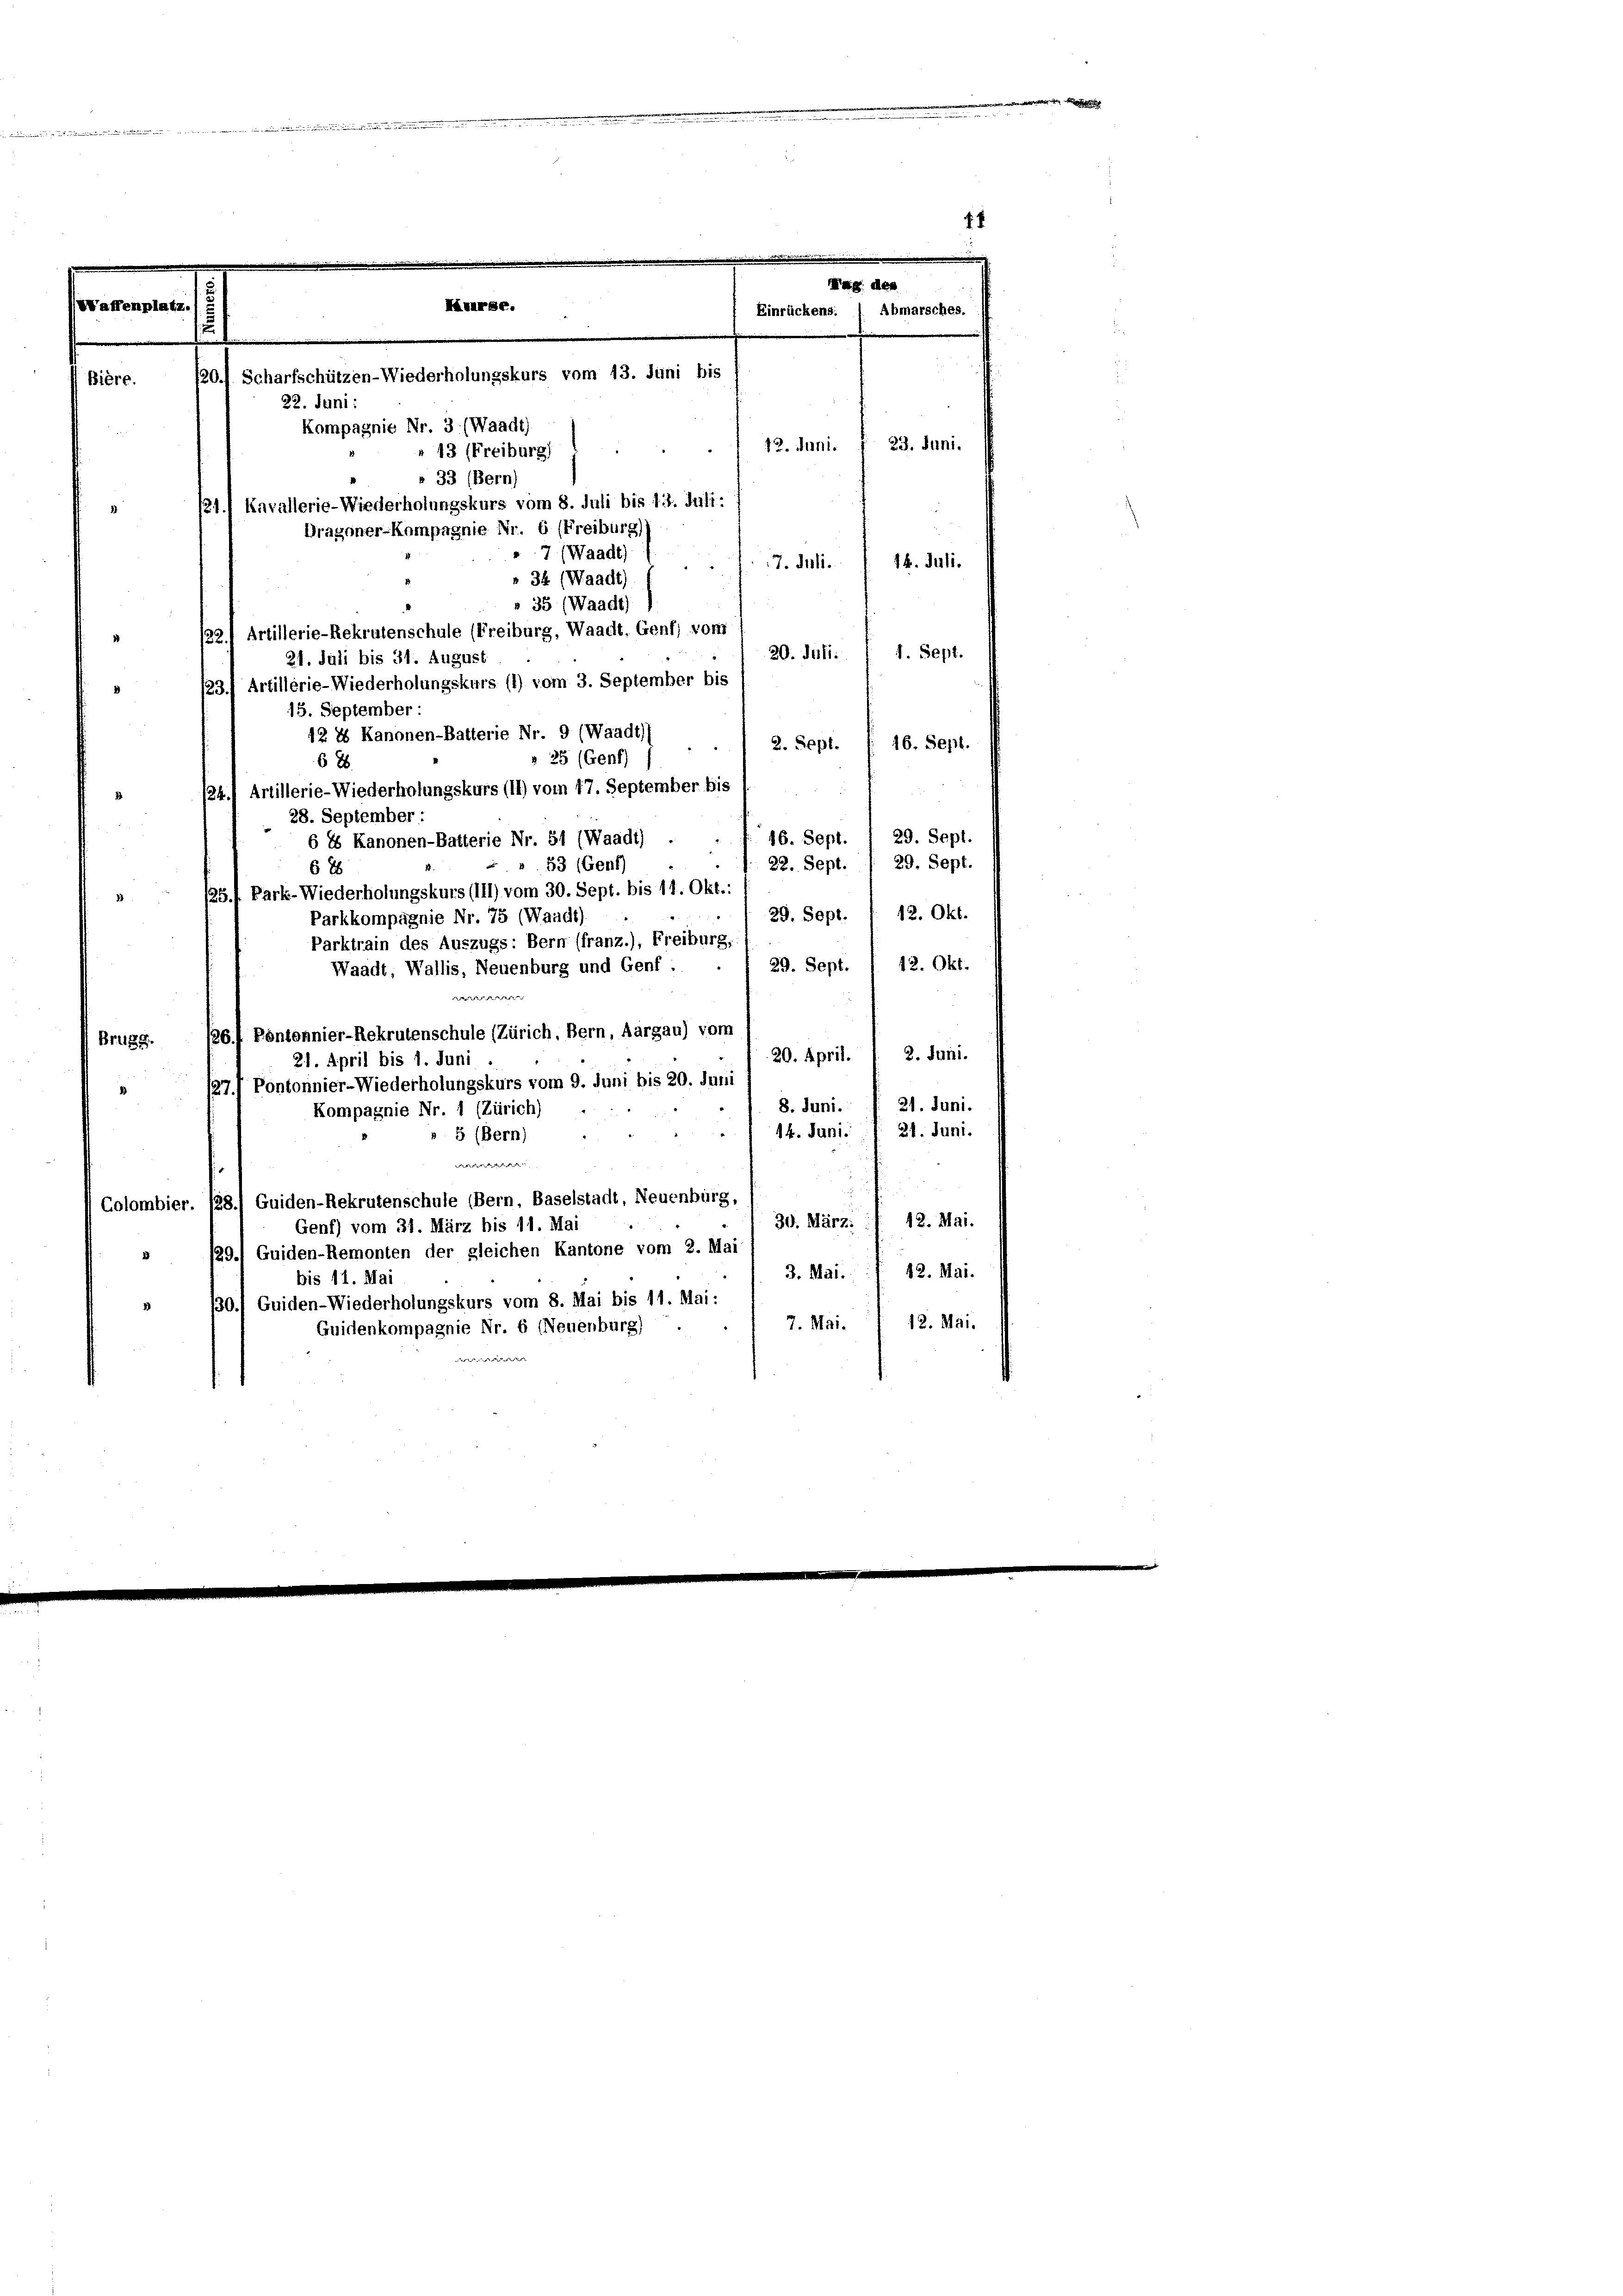
Bière.
22. Juni:
Kompagnie Nr. 3. (Waadt)
» 43 (Freiburg)
» 33 (Bern)
21.1 Kavallerie-Wiederholungskurs vom 8. Juli bis 13. Juli:
7 (Waadt)
14. Juli.
17. Juli.
» 34 (Waadt
 35 (Waadt)
122.) Artillerie-Rekrutenschule (Freiburg, Waadt. Genf, vom
1. Sept.
20. Juli.
21. Juli bis 31. August
123) Artillerie-Wiederholungskurs (1) vom 3. September bis
15. September:
12 & Kanonen-Batterie Nr. 9 (Waadt
2. Sept. (: 16. Sept.
» 25 (Genf)
68
/24.) Artillerie-Wiederholungskurs (14) vom 17. September bis
28. September
29. Sept.
46. Sept.
6 1s Kanonen-Batterie Nr. 51 (Waadt) .
29. Sept.
22. Sept.
53 (Gent
688
/25. Park-Wiederholungskurs (III) vom 30. Sept. bis 11. Okt.
29. Sept. f. 12. Okt.
Parkkompagnie Nr. 75 (Waadt)
Parktrain des Auszugs: Bern (franz.), Freiburg,
29. Sept. § 12. Okt.
Waadt, Wallis, Neuenburg und Genf :
 |
26.) Pontonnier-Rekrutenschule (Zürich, Bern, Aargau) vom
Brugg.
2. Juni.
20. April.
21. April bis 1. Juni
/27./ Pontonnier-Wiederholungskurs vom 9. Juni bis 20. Juni
21. Juni.
8. Juni.
Kompagnie Nr. 1 (Zürich)
21. Juni.
14. Juni.
5 (Bern)
e
u
(Colombier. 128.) Guiden-Rekrutenschule (Bern, Baselstadt, Neuenburg,
30. März f 12. Mai.
Genf) vom 31. März bis 11. Mai
29.) Guiden-Remonten der gleichen Kantone vom 2. Mai
12. Mai.
3. Mai.
bis 11. Mai
130. Guiden-Wiederholungskurs vom 8. Mai bis 11. Mai:
12. Mai.
7. Mai.
Guidenkompagnie Nr. 6 (Neuenburg)
f

Dragoner-Kompagnie Nr. 6 (Freiburg)

fso. Scharfschützen-Wiederholungskurs vom 13. Juni bis

f
Mag des
Einrückens. 1. Abmarsches.
23. Juni.
12. Juni.